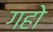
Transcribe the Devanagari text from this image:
गहो